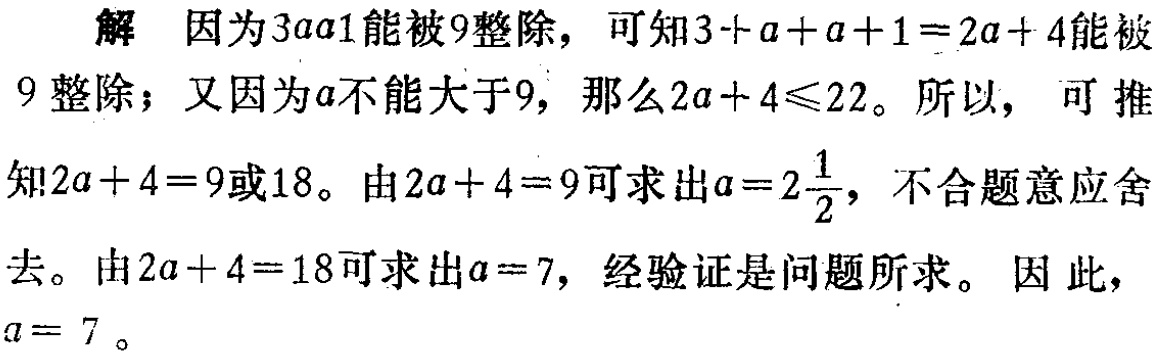
解 因为\(3aa1\)能被\(9\)整除，可知\(3 + a + a + 1 = 2a + 4\)能被\(9\)整除；又因为\(a\)不能大于\(9\)，那么\(2a + 4\leqslant22\)。所以， 可推知\(2a + 4 = 9\)或\(18\)。由\(2a + 4 = 9\)可求出\(a = 2\frac{1}{2}\)，不合题意应舍去。由\(2a + 4 = 18\)可求出\(a = 7\)，经验证是问题所求。 因此，\(a = 7\)。